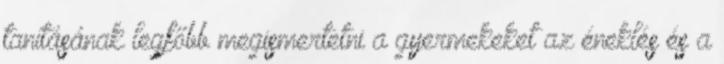
tanításának legfőbb megismertetni a gyermekeket az éneklés és a